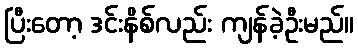
ပြီးတော့ ဒင်းနိစ်လည်း ကျန်ခဲ့ဦးမည်။